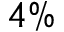
4 \%